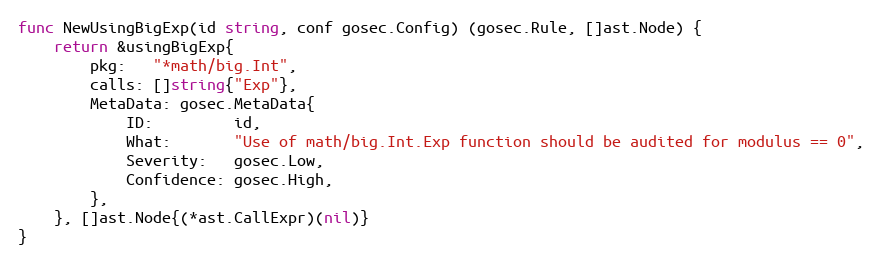
Language: Go
func NewUsingBigExp(id string, conf gosec.Config) (gosec.Rule, []ast.Node) {
	return &usingBigExp{
		pkg:   "*math/big.Int",
		calls: []string{"Exp"},
		MetaData: gosec.MetaData{
			ID:         id,
			What:       "Use of math/big.Int.Exp function should be audited for modulus == 0",
			Severity:   gosec.Low,
			Confidence: gosec.High,
		},
	}, []ast.Node{(*ast.CallExpr)(nil)}
}